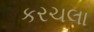
કરચલા